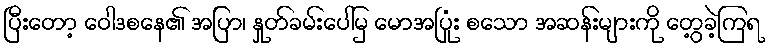
ပြီးတော့ ဝေါဒစနေ၏ အပြာ၊ နှုတ်ခမ်းပေါ်မှ မောအပြုံး စသော အဆန်းများကို တွေ့ခဲ့ကြရ